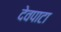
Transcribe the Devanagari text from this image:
देवपाटा